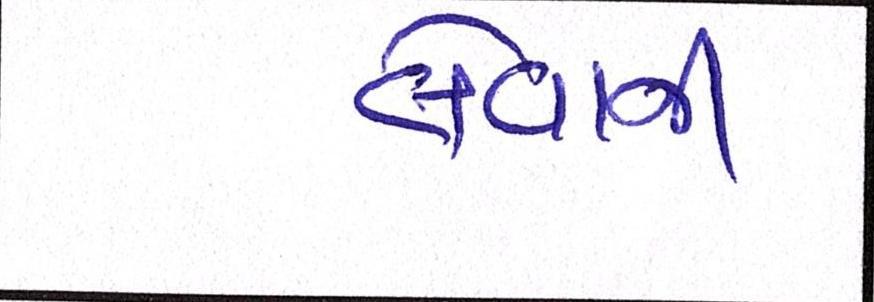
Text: લેવાલીઃ